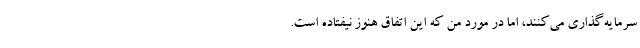
سرمایه‌گذاری می‌کنند، اما در مورد من که این اتفاق هنوز نیفتاده است.